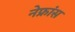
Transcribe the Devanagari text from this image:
नेफ्रांस